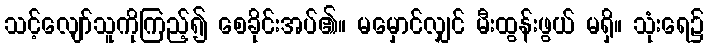
သင့်လျော်သူကိုကြည့်၍ စေခိုင်းအပ်၏။ မမှောင်လျှင် မီးထွန်းဖွယ် မရှိ။ သုံးရေ၌